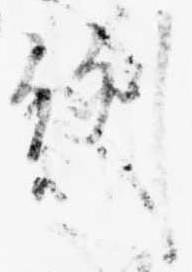
例